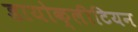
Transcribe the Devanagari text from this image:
डायोक्लीटियन